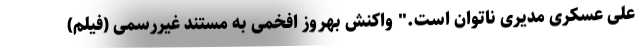
علی عسکری مدیری ناتوان است." واکنش بهروز افخمی به مستند غیررسمی (فیلم)